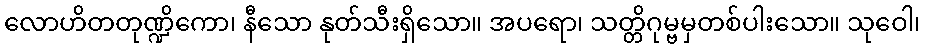
လောဟိတတုဏ္ဍိကော၊ နီသော နုတ်သီးရှိသော။ အပရော၊ သတ္တိဂုမ္ဗမှတစ်ပါးသော။ သုဝေါ၊